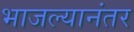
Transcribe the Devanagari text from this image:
भाजल्यानंतर